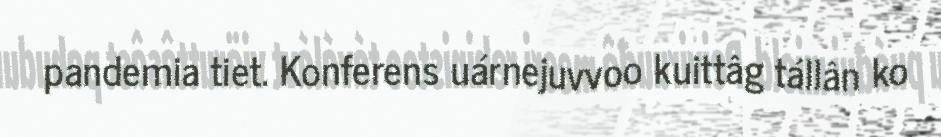
pandemia tiet. Konferens uárnejuvvoo kuittâg tállân ko